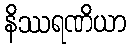
နိဿရဏိယာ